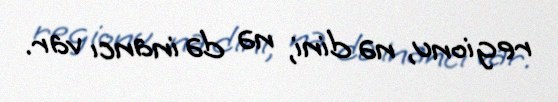
regionu, nə dini, nə də inancı var.